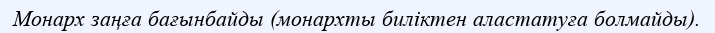
Монарх заңға бағынбайды (монархты биліктен аластатуға болмайды).